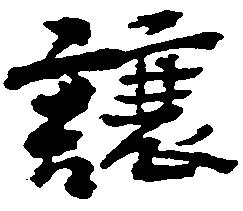
譲